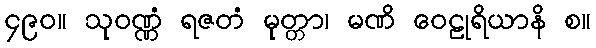
၄၉၀။ သုဝဏ္ဏံ ရဇတံ မုတ္တာ၊ မဏိ ဝေဠုရိယာနိ စ။